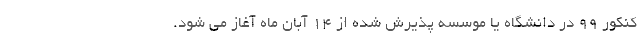
کنکور ۹۹ در دانشگاه یا موسسه پذیرش شده از ۱۴ آبان ماه آغاز می شود.